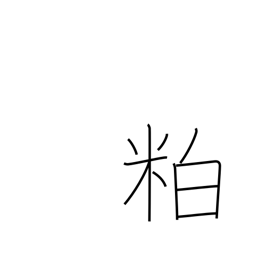
Meaning: scrap